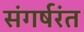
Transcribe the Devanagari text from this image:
संगर्षरंत